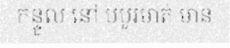
កន្ទួល នៅ បបូរមាត់ មាន